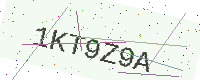
Text: 1KT9Z9A